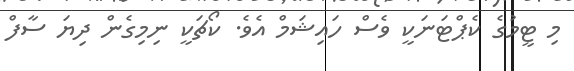
މި ޓީމުގެ ކެޕްޓަނަކީ ވެސް ހައިޝަމް އެވެ. ކޯޗަކީ ނިމިގެން ދިޔަ ސާފް